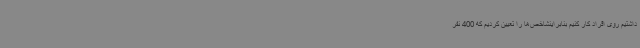
داشتیم روی افراد کار کنیم بنابراینشاخص‌ها را تعیین کردیم که 400 نفر